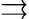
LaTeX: \rightrightarrows